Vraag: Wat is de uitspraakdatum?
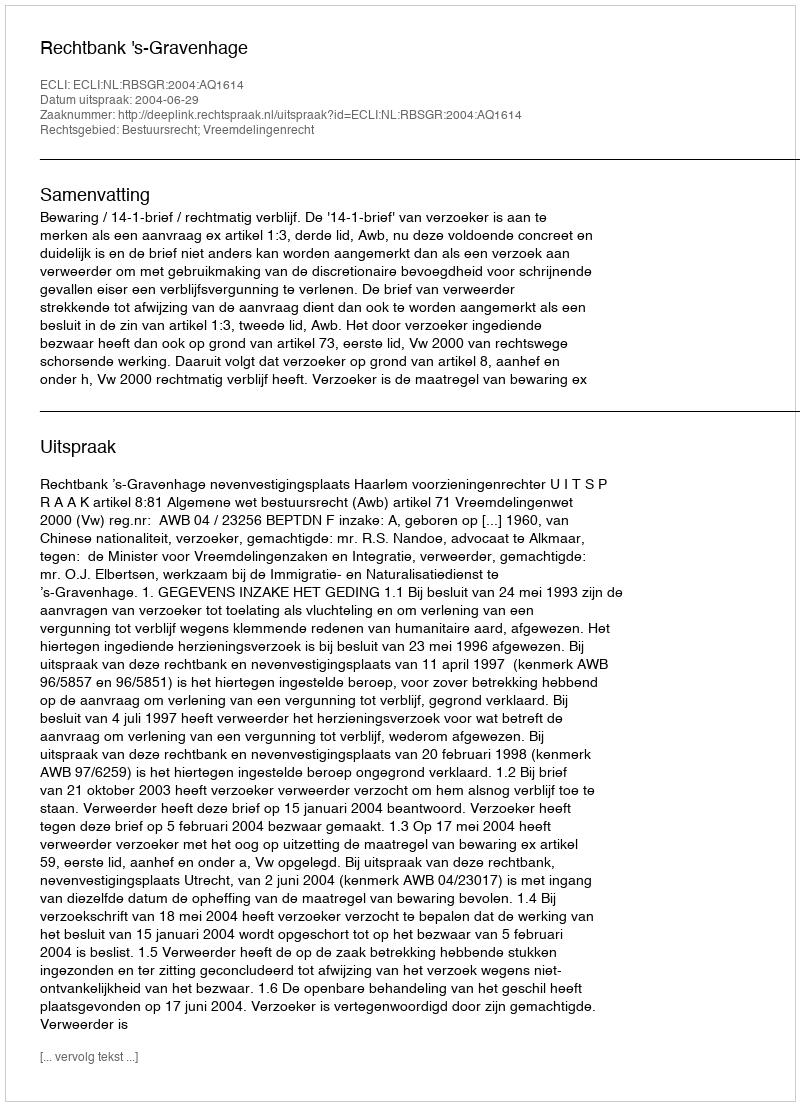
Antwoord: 2004-06-29